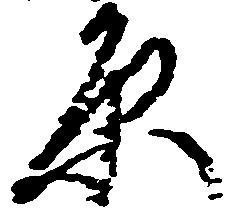
原